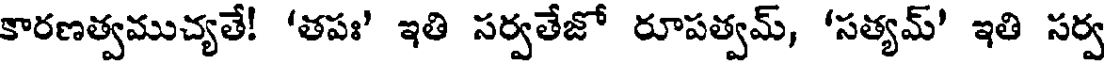
కారణత్వముచ్యతే! 'తపః' ఇతి సర్వతేజో రూపత్వమ్, 'సత్యమ్' ఇతి సర్వ